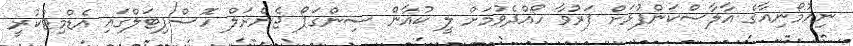
ނިއުމޯނިއާގެ އާލާސްކަންފުޅަށް ފަރުވާ ހޯއްދެވުމަށް ލީ ކުއާން ސިންގަޕޯ ޖެނެރަލް ހޮސްޕިޓަލްގައި އެޑްމިޓްކުރީ